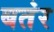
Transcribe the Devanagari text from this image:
बतंर